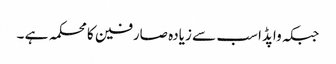
جبکہ واپڈا سب سے زیادہ صارفین کا محکمہ ہے ۔